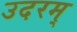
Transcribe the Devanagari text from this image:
उदरम्‌